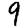
Digit: 9